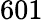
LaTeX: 601